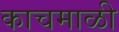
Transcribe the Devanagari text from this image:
काचमाळी